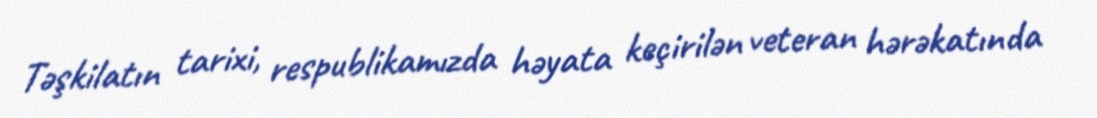
Təşkilatın tarixi, respublikamızda həyata keçirilən veteran hərəkatında